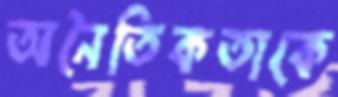
অনৈতিকতাকে